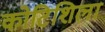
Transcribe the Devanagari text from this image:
कोटिशिला